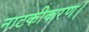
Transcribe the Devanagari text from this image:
नाटकीकरण।